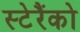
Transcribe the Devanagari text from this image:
स्टेरैंको